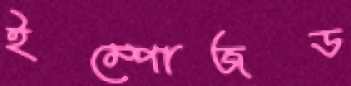
ইম্পোজড